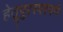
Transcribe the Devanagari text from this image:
हेतूपुरस्परपणे